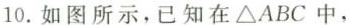
10.如图所示，已经在\triangle ABC中，